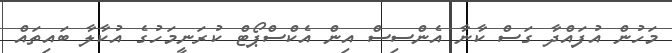
މަހުން އުފައްދާ ގަސް ކާނާ އެންސިސް އިން އެކްސްޕޯޓް ކުރަނީމަހުގެ އުކާލާ ބައިތައް